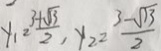
y _ { 1 } = \frac { 3 + \sqrt { 3 } } { 2 } , y _ { 2 } = \frac { 3 - \sqrt { 1 3 } } { 2 }